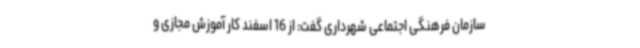
سازمان فرهنگی اجتماعی شهرداری گفت: از 16 اسفند کار آموزش مجازی و